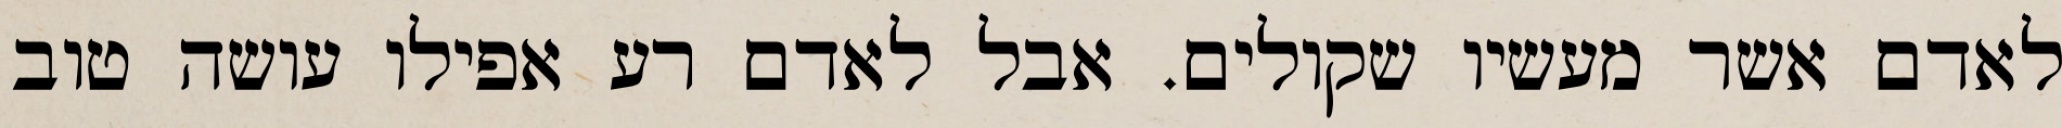
לאדם אשר מעשיו שקולים. אבל לאדם רע אפילו עושה טוב